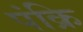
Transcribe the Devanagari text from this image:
पंक्रि